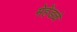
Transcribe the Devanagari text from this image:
मेहेंडळे